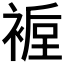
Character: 𲀸